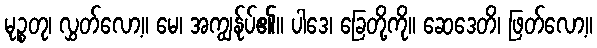
မုဉ္စတု၊ လွှတ်လော့။ မေ၊ အကျွန်ုပ်၏။ ပါဒေ၊ ခြေတို့ကို။ ဆေဒေတိ၊ ဖြတ်လော့။